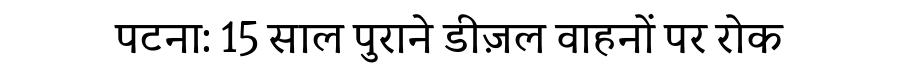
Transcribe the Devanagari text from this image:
पटना: 15 साल पुराने डीज़ल वाहनों पर रोक